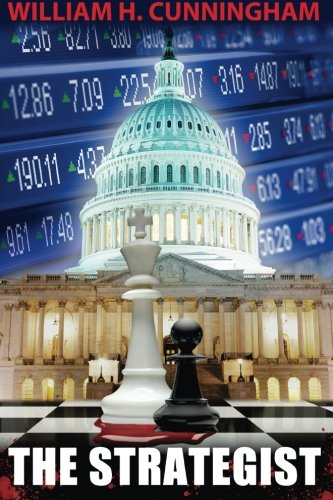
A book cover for The Strategist; William H. Cunningham; Mystery, Thriller & Suspense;